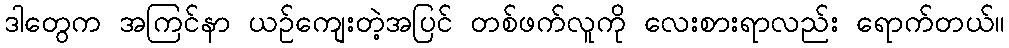
ဒါတွေက အကြင်နာ ယဉ်ကျေးတဲ့အပြင် တစ်ဖက်လူကို လေးစားရာလည်း ရောက်တယ်။